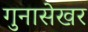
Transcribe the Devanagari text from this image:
गुनासेखर